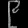
Digit: ၉